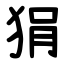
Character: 狷